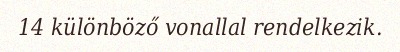
14 különböző vonallal rendelkezik.